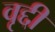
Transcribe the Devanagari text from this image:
वृद्दी